Notes on vaccination in the North-West Frontier Province 1923-1928 - 1923-1928
Year: 1923
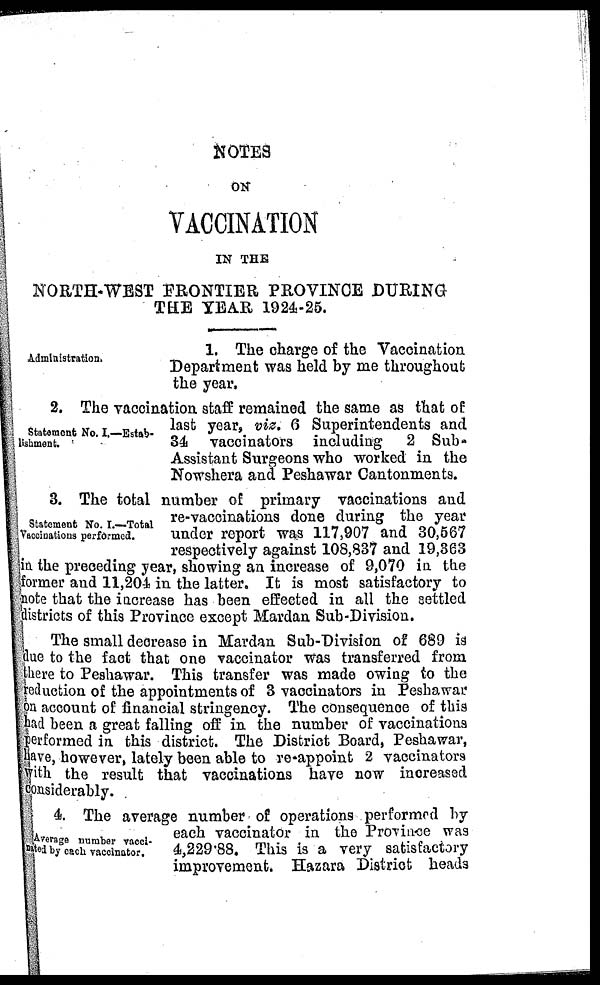
NOTES
ON
VACCINATION
IN THE
NORTH-WEST FRONTIER PROVINCE DURING
THE YEAR 1924-25.
Administration.
1. The charge of the Vaccination
Department was held by me throughout
the year.
Statement No. I.—Estab-
lishment.
2. The vaccination staff remained the same as that of
last year, viz. 6 Superintendents and
34 vaccinators including 2 Sub-
Assistant Surgeons who worked in the
Nowshera and Peshawar Cantonments.
Statement No. I.—Total
Vaccinations performed.
3. The total number of primary vaccinations and
re-vaccinations done during the year
under report was 117,907 and 30,567
respectively against 108,837 and 19,363
in the preceding year, showing an increase of 9,070 in the
former and 11,204 in the latter. It is most satisfactory to
note that the increase has been effected in all the settled
districts of this Province except Mardan Sub-Division.
The small decrease in Mardan Sub-Division of 689 is
due to the fact that one vaccinator was transferred from
there to Peshawar. This transfer was made owing to the
reduction of the appointments of 3 vaccinators in Peshawar
on account of financial stringency. The consequence of this
had been a great falling off in the number of vaccinations
performed in this district. The District Board, Peshawar,
have, however, lately been able to re-appoint 2 vaccinators
with the result that vaccinations have now increased
considerably.
Average number vacci-
nated by each vaccinator.
4. The average number of operations performed by
each vaccinator in the Province was
4,229.88. This is a very satisfactory
improvement. Hazara District heads